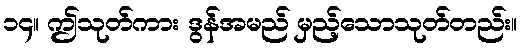
၁၄။ ဤသုတ်ကား ဒွန်အမည် မှည့်သောသုတ်တည်း။